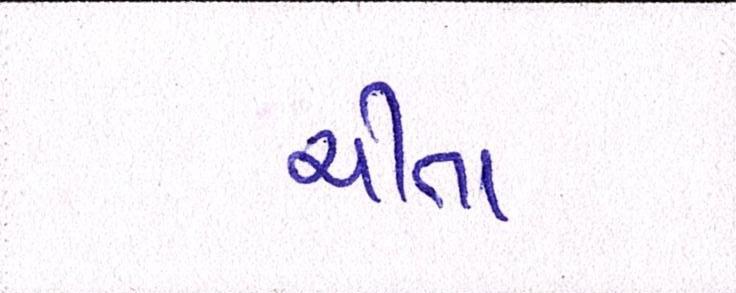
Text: ચીતા